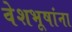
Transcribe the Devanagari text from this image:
वेशभूषांना